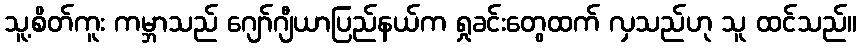
သူ့စိတ်ကူး ကမ္ဘာသည် ဂျော်ဂျီယာပြည်နယ်က ရှုခင်းတွေထက် လှသည်ဟု သူ ထင်သည်။